画像に写った文字を読んでください
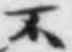
「不」と書いてあります